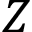
Z